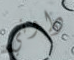
داوني